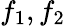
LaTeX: f_{1},f_{2}